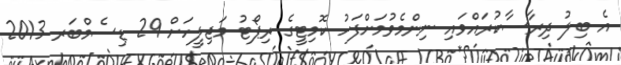
އެ ބިލު ދިރާސާކުރައްވައި ނިންމެވުމަށްފަހު ކޮމިޓީގެ ރިޕޯޓު މަޖިލީހަށް 29 ޑިސެމްބަރ 2013